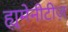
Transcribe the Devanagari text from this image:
ह्युमेनीटीज़